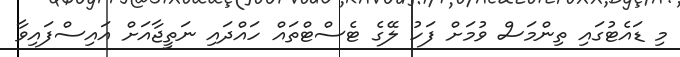
މި ޑައެޓުގައި ތިންމަސް ވުމަށް ފަހު ލޭގެ ޓެސްޓްތައް ހައްދައި ނަތީޖާއަށް އައިސްފައިވާ